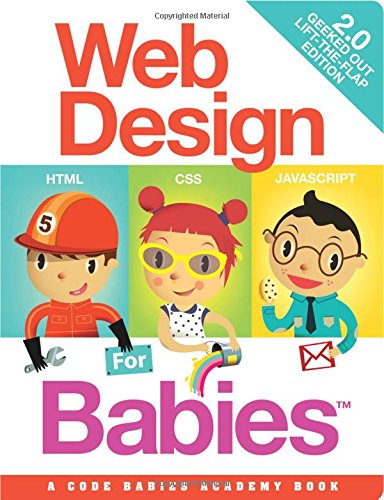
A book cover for Web Design for Babies 2.0: Geeked Out Lift-the-Flap Edition; John C. Vanden-Heuvel Sr.; Humor & Entertainment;